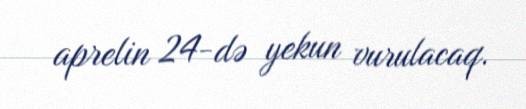
aprelin 24-də yekun vurulacaq.